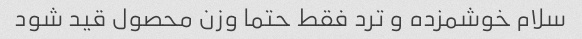
سلام خوشمزده و ترد فقط حتما وزن محصول قید شود